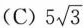
(C) $$5 \sqrt{3}$$